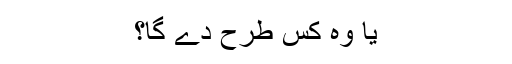
یا وہ کس طرح دے گا؟